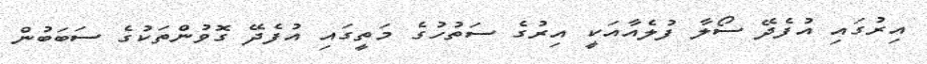
އިރުގައި އުފެދޭ ސޯލާ ފުލެއާއަކީ އިރުގެ ސަތުހުގެ މަތީގައި އުފެދޭ ގޮވުންތަކުގެ ސަބަބުން